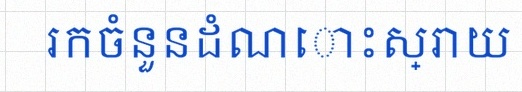
រកចំនួនដំណោះស្រាយ